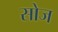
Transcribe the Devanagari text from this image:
सोज